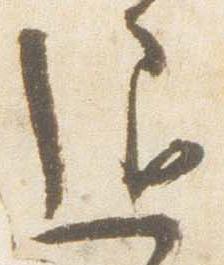
退